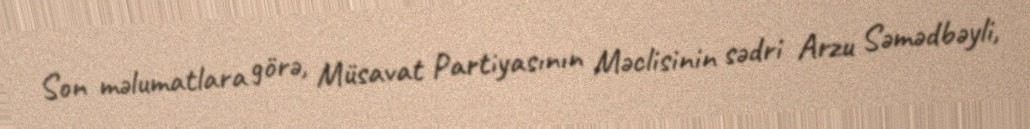
Son məlumatlara görə, Müsavat Partiyasının Məclisinin sədri Arzu Səmədbəyli,